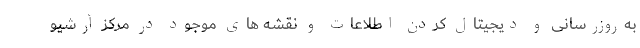
به‌روزرسانی و دیجیتال کردن اطلاعات و نقشه های موجود در مرکز آرشیو